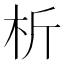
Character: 析